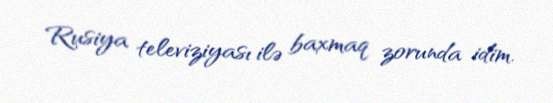
Rusiya televiziyası ilə baxmaq zorunda idim.